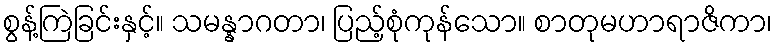
စွန့်ကြဲခြင်းနှင့်။ သမန္နာဂတာ၊ ပြည့်စုံကုန်သော။ စာတုမဟာရာဇိကာ၊